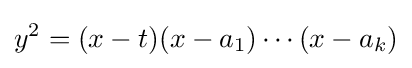
y^{2}=(x-t)(x-a_{1})\cdots (x-a_{k})